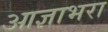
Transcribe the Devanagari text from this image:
आज्ञाभरा